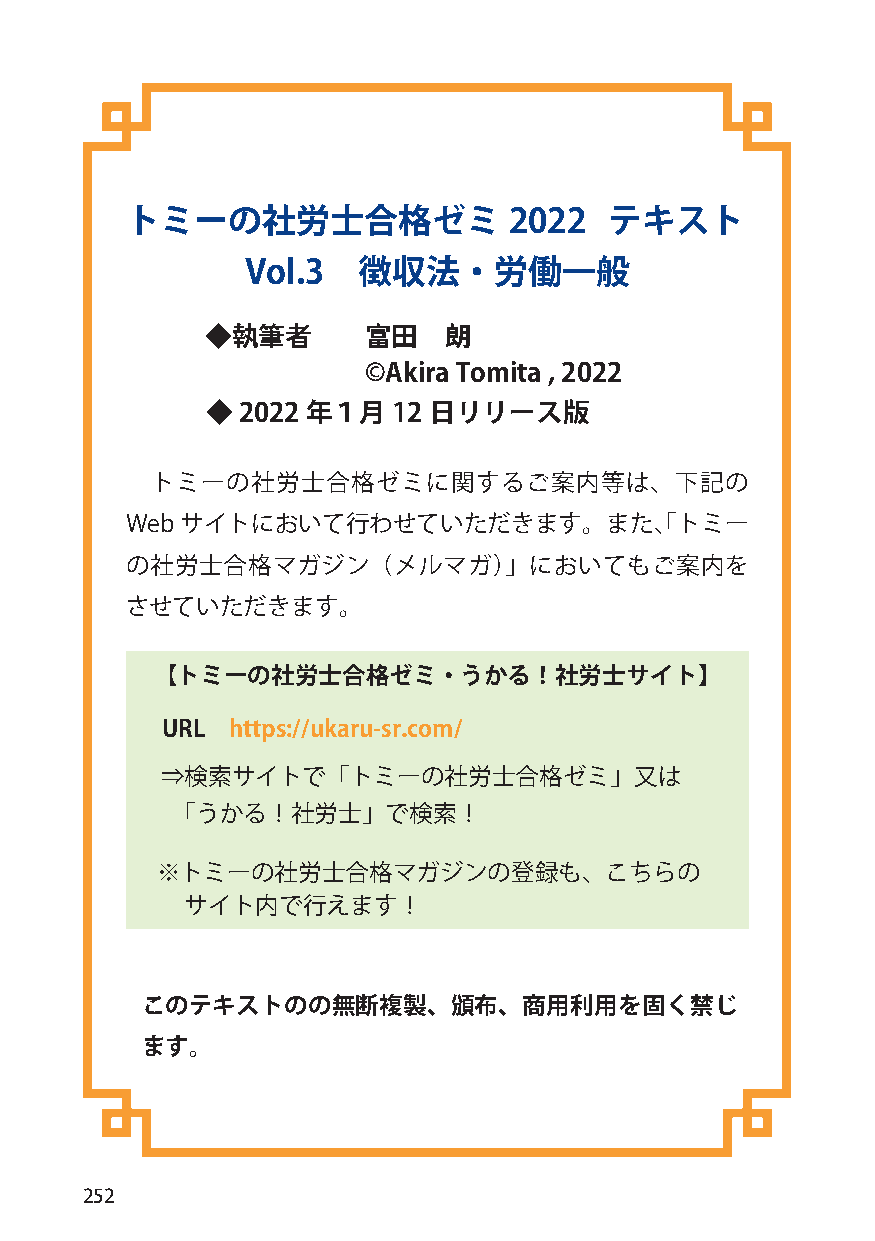
トミーの社労士合格ゼミ               2022  テキスト
 Vol.3   徴収法・労働一般
 ◆執筆者      富田   朗
 ©Akira Tomita , 2022
 ◆ 2022 年１月  12 日リリース版
 トミーの社労士合格ゼミに関するご案内等は、下記の
 Webサイトにおいて行わせていただきます。また、「トミー
 の社労士合格マガジン（メルマガ）」においてもご案内を
 させていただきます。
 【トミーの社労士合格ゼミ・うかる！社労士サイト】
 URL https://ukaru-sr.com/
 ⇒検索サイトで「トミーの社労士合格ゼミ」又は
 「うかる！社労士」で検索！
 ※トミーの社労士合格マガジンの登録も、こちらの
 サイト内で行えます！
 このテキストのの無断複製、頒布、商用利用を固く禁じ
 ます。
 252